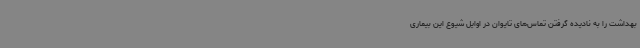
بهداشت را به نادیده گرفتن تماس‌های تایوان در اوایل شیوع این بیماری